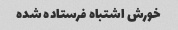
خورش اشتباه فرستاده شده